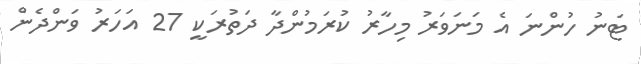
ޓަނު ހުންނަ އެ މަނަވަރު މިހާރު ކުރަމުންދާ ދަތުރަކީ 27 އަހަރު ވަންދެން